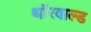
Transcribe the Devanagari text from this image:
थॉरवाल्ड